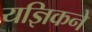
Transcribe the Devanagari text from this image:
यज्ञिकने